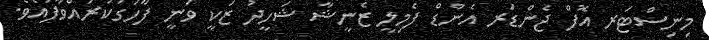
މިނިސްޓަރ އޮފް ޖެންޑަރ އެންޑް ފެމިލީ ޒެނީޝާ ޝަހީދު ޒަކީ ވަނީ ފާހަގަކުރައްވާފައެވެ.